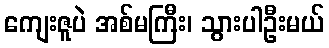
ကျေးဇူပဲ အစ်မကြီး၊ သွားပါဦးမယ်